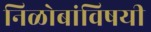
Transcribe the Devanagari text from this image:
निळोबांविषयी